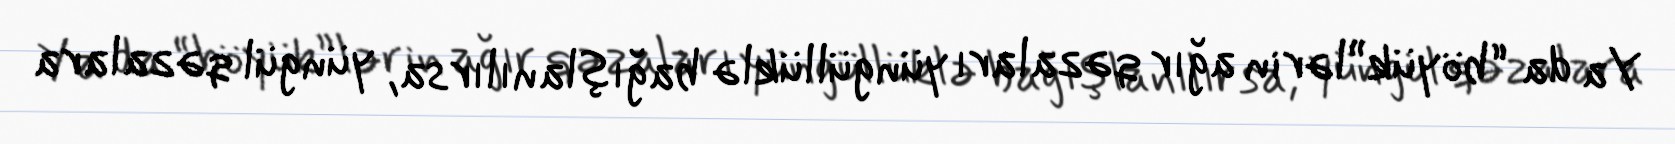
Ya da “böyük”lərin ağır qəzaları yüngüllüklə bağışlanılırsa, yüngül qəzalara